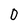
Character: 0